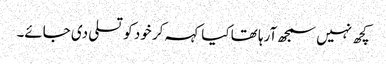
کچھ نہیں سمجھ آرہا تھا کیا کہہ کر خود کو تسلی دی جائے۔